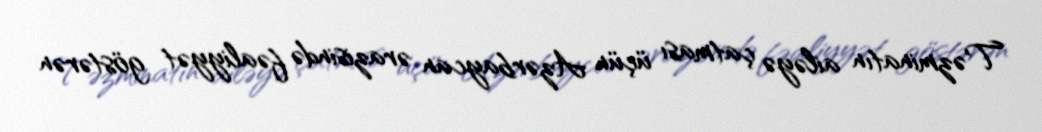
Təzminatın ailəyə çatması üçün Azərbaycan ərazisində fəaliyyət göstərən